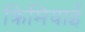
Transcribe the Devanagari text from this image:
क्रिमियाई